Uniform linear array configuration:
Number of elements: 12
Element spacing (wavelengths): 1
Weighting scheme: binomial
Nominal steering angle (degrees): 30
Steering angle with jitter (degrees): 30.187
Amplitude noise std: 0.05
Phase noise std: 0.05

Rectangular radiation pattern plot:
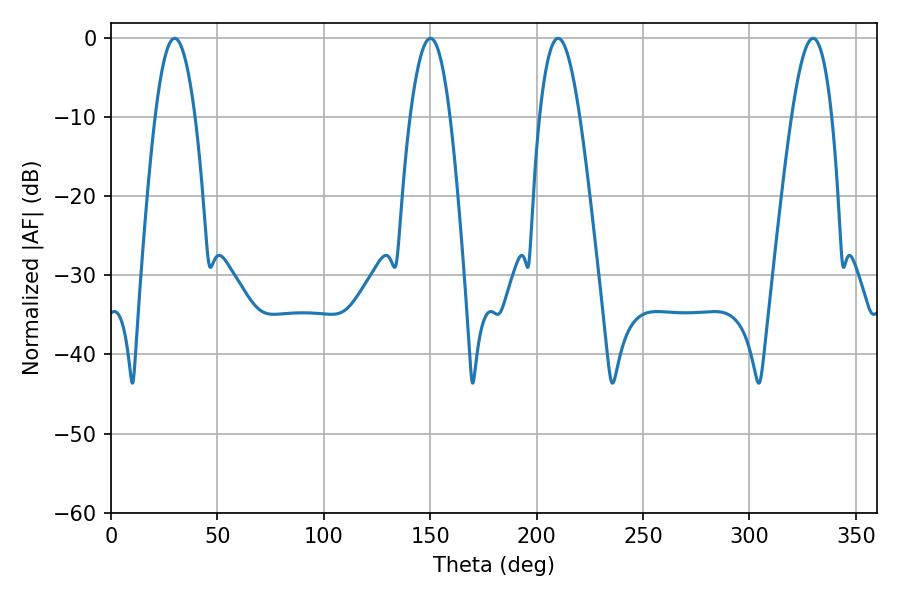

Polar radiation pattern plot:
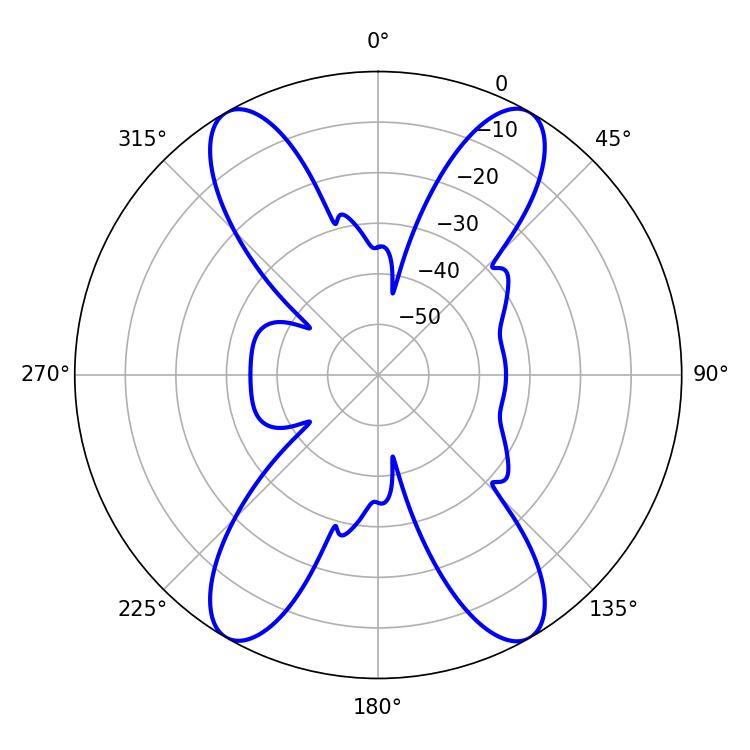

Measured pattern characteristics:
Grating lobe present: TRUE
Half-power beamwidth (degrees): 10.26
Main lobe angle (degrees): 29.88